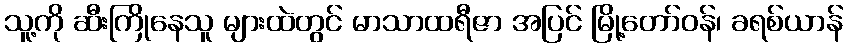
သူ့ကို ဆီးကြိုနေသူ များထဲတွင် မာသာထရီဇာ အပြင် မြို့တော်ဝန်၊ ခရစ်ယာန်